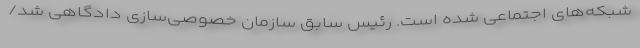
شبکه‌های اجتماعی شده است. رئیس سابق سازمان خصوصی‌سازی دادگاهی شد/